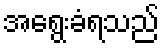
အရွေးခံရသည်